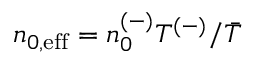
n _ { 0 , \mathrm { { e f f } } } = n _ { 0 } ^ { ( - ) } T ^ { ( - ) } / \bar { T }